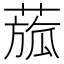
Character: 𦹭